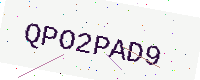
Text: QPO2PAD9